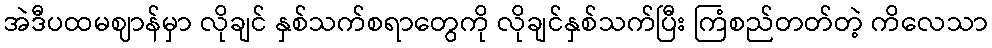
အဲဒီပထမဈာန်မှာ လိုချင် နှစ်သက်စရာတွေကို လိုချင်နှစ်သက်ပြီး ကြံစည်တတ်တဲ့ ကိလေသာ